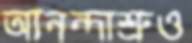
আনন্দাশ্রুও